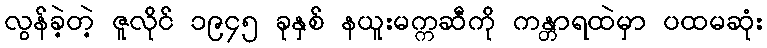
လွန်ခဲ့တဲ့ ဇူလိုင် ၁၉၄၅ ခုနှစ် နယူးမက္ကဆီကို ကန္တာရထဲမှာ ပထမဆုံး